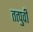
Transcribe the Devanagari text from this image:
तत्पुर्वी